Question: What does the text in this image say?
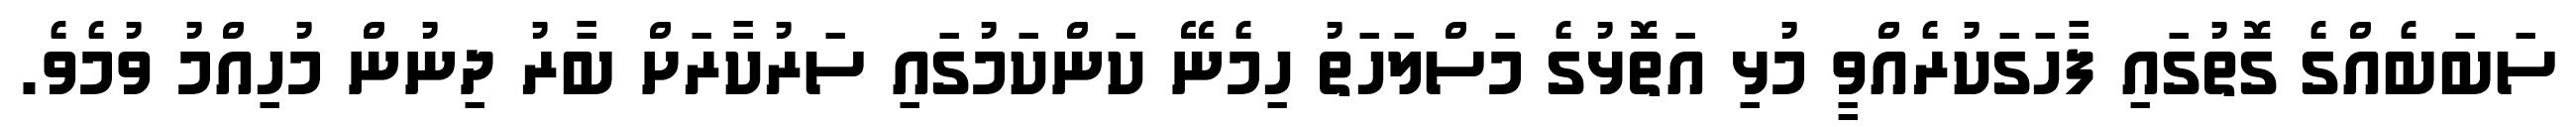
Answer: ސަބަބެއްގެ ގޮތުގައި ފާހަގަކުރެއްވީ މުޅި އަތޮޅުގެ މަސްލަހަތު ހިމެނޭ ކަންކަމުގައި ސަރުކާރަށް ބާރު ދިނުން މުހިއްމު ވުމެވެ.